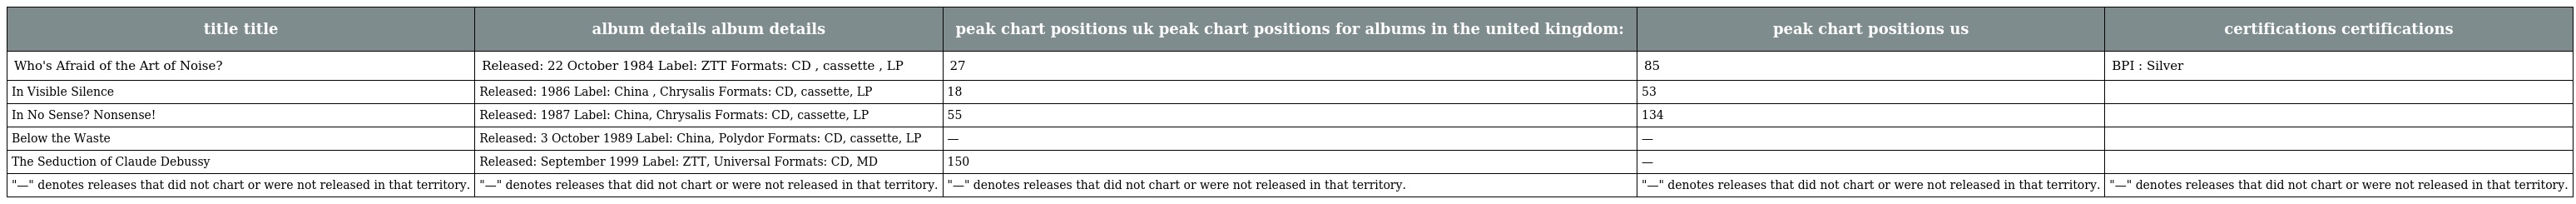
| title title | album details album details | peak chart positions uk peak chart positions for albums in the united kingdom: | peak chart positions us | certifications certifications |
 | --- | --- | --- | --- | --- |
 | Who's Afraid of the Art of Noise? | Released: 22 October 1984 Label: ZTT Formats: CD , cassette , LP | 27 | 85 | BPI : Silver |
 | In Visible Silence | Released: 1986 Label: China , Chrysalis Formats: CD, cassette, LP | 18 | 53 |  |
 | In No Sense? Nonsense! | Released: 1987 Label: China, Chrysalis Formats: CD, cassette, LP | 55 | 134 |  |
 | Below the Waste | Released: 3 October 1989 Label: China, Polydor Formats: CD, cassette, LP | — | — |  |
 | The Seduction of Claude Debussy | Released: September 1999 Label: ZTT, Universal Formats: CD, MD | 150 | — |  |
 | "—" denotes releases that did not chart or were not released in that territory. | "—" denotes releases that did not chart or were not released in that territory. | "—" denotes releases that did not chart or were not released in that territory. | "—" denotes releases that did not chart or were not released in that territory. | "—" denotes releases that did not chart or were not released in that territory. |